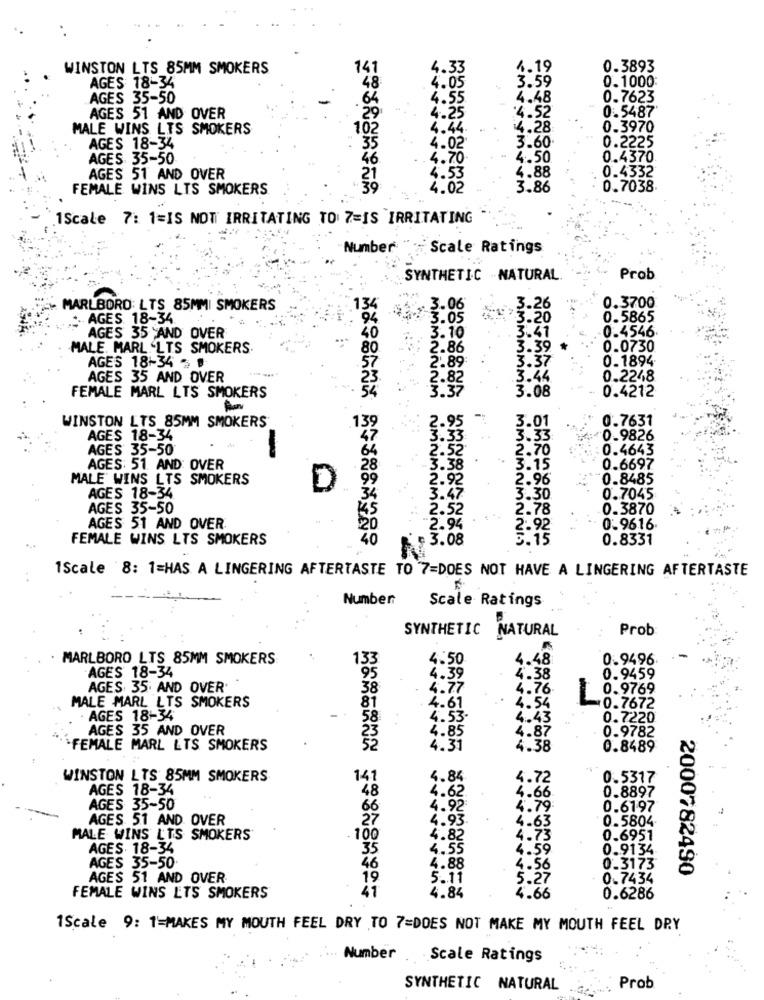
WINSTON LTS 85MM SMOKERS
141
4.33
4.19
0.3893
3.59
0.1000:
AGES 18-34
48
4.05
S 35-50
64
4.55
4.48
0.7623
4.52
0.5487
AGES 51 AND OVER
29
4.25
MALE WINS LIS SMOKERS
102
4.44.
4.28
0.3970
3.60
0.2225
AGES 18-34
35
4.02
AGES 35-50
46
4.70
4.50
0.4370
4.88
0.4332
AGES 51 AND OVER
4.53
FEMALE WINS LTS SMOKERS
.39
4.02
3.86
0.7038
1Scale 7: 1=IS NOT IRRITATING TO 7=IS IRRITATING
Number:
Scale Ratings
SYNTHETIC -NATURAL.
Prob
MARLBORO: LTS 85MMI SMOKERS
134
3.06
3.26
0.3700
. AGES 18-34
3.05
3.20
0.5865
3.41
0.4546
AGES 35 AND OVER
3.10
MALE. MARL LTS SMOKERS.
80
2.86
3.39
0.0730
AGES 18-34 - #
2.89
3.37
0.1894
AGES 35 AND OVER
2.82
3.44
0.2248
0.4212
FEMALE MARL LTS SMOKERS
3.08
AMMM
WINSTON LTS 85MM SMOKERS
2.95 7
3.01
0.7631
AGES 18-34
3.33 .
3.33
0.9826
AGES 35-50'
2.70
0.4643
2.52
AGES: 51 AND: OVER
3.38
3.15
0.6697
MALE WINS LTS SMOKERS
2.96
0.8485
D
2.92
AGES 18-34
3.47
3.30
0.7045
AGES 35-50
2.52
2.78
0.3870
2.94 :
AGES 51 AND OVER
2.92
0.9616
FEMALE WINS LTS SMOKERS
3.08
S.15
0.8331
1Scale 8: 1=HAS A LINGERING AFTERTASTE TO 7=DOES NOT HAVE A LINGERING AFTERTASTE
Number
Scale Ratings
SYNTHETIC NATURAL
Prob
MARLBORO LTS 85MM SMOKERS
4.50
4.48
0.9496
.AGES 18-34
4.39
4.38
0.9459
AGES 35. AND OVER'
38
4.77
4.76
1 0.9769
MALE MARL LTS SMOKERS
81
4.61
4.54
-0.7672
AGES 18-34
58
4.53-
4.43
0.7220
AGES 35 AND OVER
23
4.85
4.87
0.9782
FEMALE MARL LTS SMOKERS
4.31
4.38
0.8489
WINSTON LTS 85MM SMOKERS
141
4.84
4.72
0.5317
AGES 18-34
48
4.62
4.66
0.8897
AGES 35-50
66
4.92
4.79:
0.6197
AGES 51 AND OVER
27
4.93.
4.63
0.5804
MALE WINS LTS SMOKERS
.100
4.82
4.73
0.6951
AGES. 18-34
35
4.55
4.59
0.9134
AGES 35-50.
46
4.88
4.56
0.3173
2000782490
AGES 51 AND OVER
19
5.11
3:27
0.7434
41
4.84
4.66
FEMALE WINS LTS SMOKERS
0.6286
1Scale 9: 1=MAKES MY MOUTH FEEL DRY TO 7=DOES NOT MAKE MY MOUTH FEEL DRY
Number Scale Ratings
SYNTHETIC NATURAL
Prob